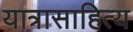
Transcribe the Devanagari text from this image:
यात्रासाहित्य